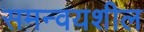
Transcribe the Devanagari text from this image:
समन्वयशील